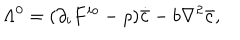
LaTeX: \Lambda ^ { 0 } = ( \partial _ { i } F ^ { i o } - \rho ) \dot { { \bar { c } } } - b \nabla ^ { 2 } { \bar { c } } ,